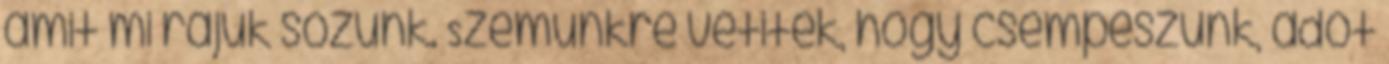
amit mi rájuk sózunk. Szemünkre vetitek, hogy csempészünk, adót